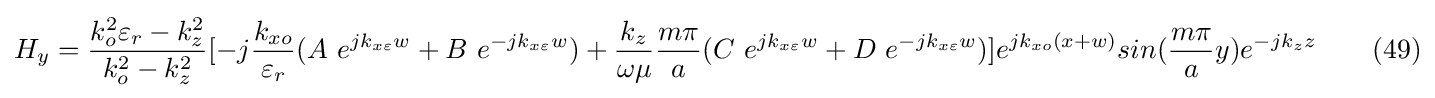
H_{y}={\frac {k_{o}^{2}\varepsilon _{r}-k_{z}^{2}}{k_{o}^{2}-k_{z}^{2}}}[-j{\frac {k_{xo}}{\varepsilon _{r}}}(A\ e^{jk_{x\varepsilon }w}+B\ e^{-jk_{x\varepsilon }w})+{\frac {k_{z}}{\omega \mu }}{\frac {m\pi }{a}}(C\ e^{jk_{x\varepsilon }w}+D\ e^{-jk_{x\varepsilon }w})]e^{jk_{xo}(x+w)}sin({\frac {m\pi }{a}}y)e^{-jk_{z}z}\ \ \ \ \ \ (49)